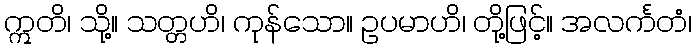
ဣတိ၊ သို့။ သတ္တဟိ၊ ကုန်သော။ ဥပမာဟိ၊ တို့ဖြင့်။ အလင်္ကတံ၊